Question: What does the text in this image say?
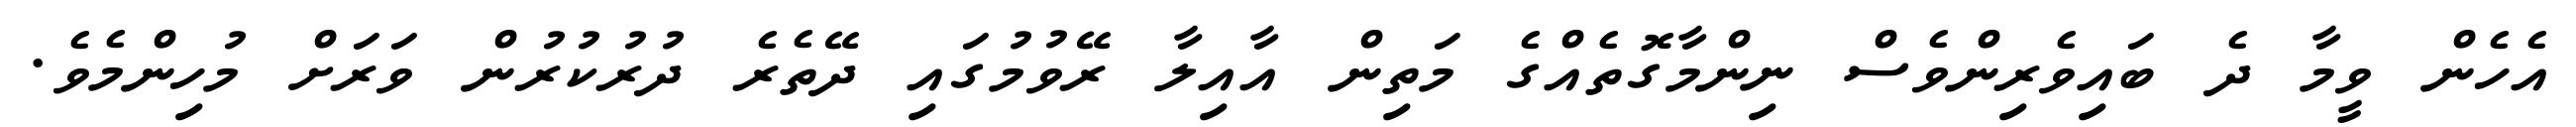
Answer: އެހެން ވީމާ ދެ ބައިވެރިންވެސް ނިންމާގޮތެއްގެ މަތިން އާއިލާ ރޭވުމުގައި ދޭތެރެ ދުރުކުރުން ވަރަށް މުހިންމެވެ.